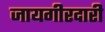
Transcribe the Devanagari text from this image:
जायगीरदारी